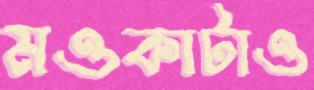
মওকাটাও